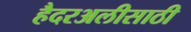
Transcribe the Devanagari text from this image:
हैदरअलीसाठी